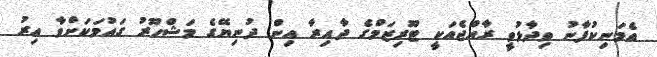
އެމަނިކުފާނު ވިދާޅުވީ ރާއްޖެއަކީ ޓޫރިޒަމްގެ ދާއިރާ އިން ދުނިޔޭގެ މަޝްހޫރު ގައުމަކަށްވާ އިރު